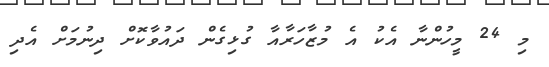
މި 24 މީހުންްނާ އެކު އެ މުޒާހަރާއާ ގުޅިގެން ދައުވާކޮށް ދިނުމަށް އެދި